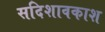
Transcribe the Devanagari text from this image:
सदिशावकाश